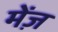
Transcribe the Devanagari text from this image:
मेंज़